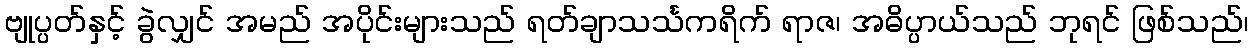
ဗျုပ္ပတ်နှင့် ခွဲလျှင် အမည် အပိုင်းများသည် ရတ်ချာသင်္သကရိက် ရာဇ၊ အဓိပ္ပာယ်သည် ဘုရင် ဖြစ်သည်၊